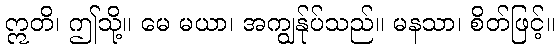
ဣတိ၊ ဤသို့။ မေ မယာ၊ အကျွန်ုပ်သည်။ မနသာ၊ စိတ်ဖြင့်။